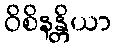
ဝိစိနန္တိယာ